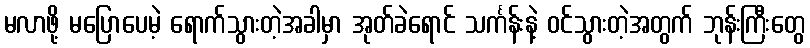
မလာဖို့ မပြောပေမဲ့ ရောက်သွားတဲ့အခါမှာ အုတ်ခဲရောင် သင်္ကန်းနဲ့ ဝင်သွားတဲ့အတွက် ဘုန်းကြီးတွေ